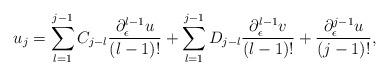
LaTeX: \begin{align*}u_j=\sum_{l=1}^{j-1}C_{j-l}\frac{\partial_{\epsilon}^{l-1}u}{(l-1)!}+\sum_{l=1}^{j-1}D_{j-l}\frac{\partial_{\epsilon}^{l-1}v}{(l-1)!}+\frac{\partial_\epsilon^{j-1}u}{(j-1)!},\end{align*}